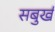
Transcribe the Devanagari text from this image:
सबुर्ख